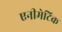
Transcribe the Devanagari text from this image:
एनीमेटिक